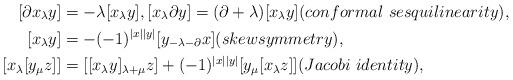
LaTeX: \begin{align*}[\partial x_\lambda y]&=- \lambda[x_\lambda y], [x_\lambda \partial y]= (\partial+\lambda)[x_\lambda y] (conformal \ sesquilinearity),\\{}[x_\lambda y]&= -(-1)^{|x||y|}[y_{-\lambda- \partial} x](skewsymmetry),\\{}[x_\lambda [y_\mu z]]&= [[x_\lambda y]_{\lambda+ \mu} z]+ (-1)^{|x||y|}[ y_\mu [x_\lambda z]](Jacobi\ identity),\end{align*}